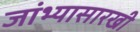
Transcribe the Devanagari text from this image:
जांभ्यासारखी